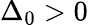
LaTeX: \Delta_{0}>0